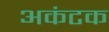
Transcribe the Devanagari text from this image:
अकंटक